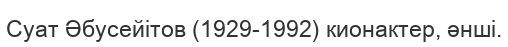
Суат Әбусейітов (1929-1992) кионактер, әнші.